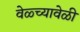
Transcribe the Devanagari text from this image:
वेळ्च्यावेळी